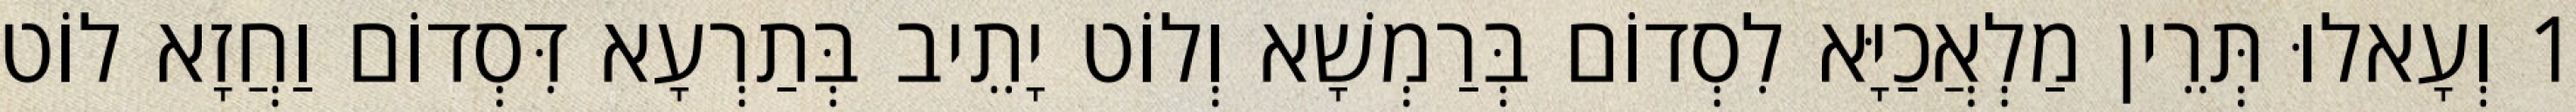
1 וְעָאלוּ תְּרֵין מַלְאֲכַיָּא לִסְדוֹם בְּרַמְשָׁא וְלוֹט יָתֵיב בְּתַרְעָא דִּסְדוֹם וַחֲזָא לוֹט